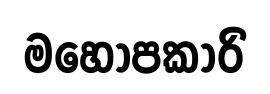
මහොපකාරි